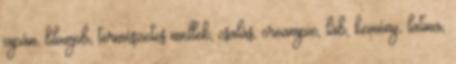
japán, blowjob, természetes mellek, csalás, creampie, láb, kemény, latina,